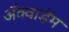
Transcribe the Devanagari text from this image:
ॲक्वाडॅम